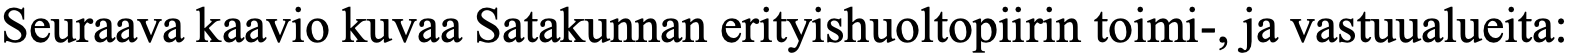
Seuraava kaavio kuvaa Satakunnan erityishuoltopiirin toimi-, ja vastuualueita: